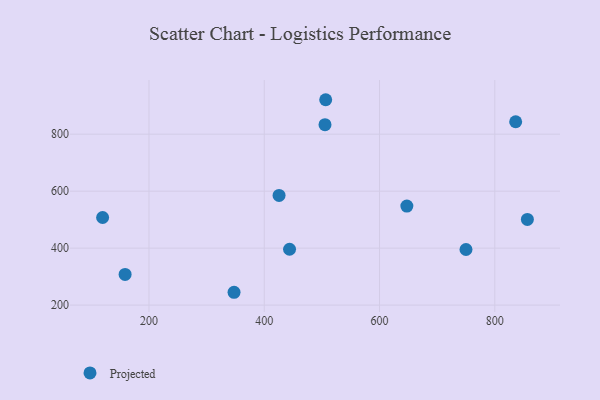
{"axis": {"x": "Study Hours", "y": "Yield"}, "legend": ["Projected"], "data": [{"x": "347.6", "y": 245.0, "type": "Projected"}, {"x": "119.6", "y": 507.6, "type": "Projected"}, {"x": "425.7", "y": 585.1, "type": "Projected"}, {"x": "836.2", "y": 843.7, "type": "Projected"}, {"x": "856.5", "y": 500.6, "type": "Projected"}, {"x": "505.4", "y": 833.4, "type": "Projected"}, {"x": "750.0", "y": 395.2, "type": "Projected"}, {"x": "506.6", "y": 921.0, "type": "Projected"}, {"x": "647.4", "y": 547.7, "type": "Projected"}, {"x": "443.9", "y": 396.1, "type": "Projected"}, {"x": "158.6", "y": 307.5, "type": "Projected"}]}